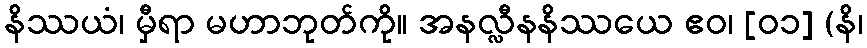
နိဿယံ၊ မှီရာ မဟာဘုတ်ကို။ အနလ္လီနနိဿယေ ဧဝ၊ [၀၁] (နိ၊